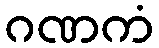
ဂဏကံ